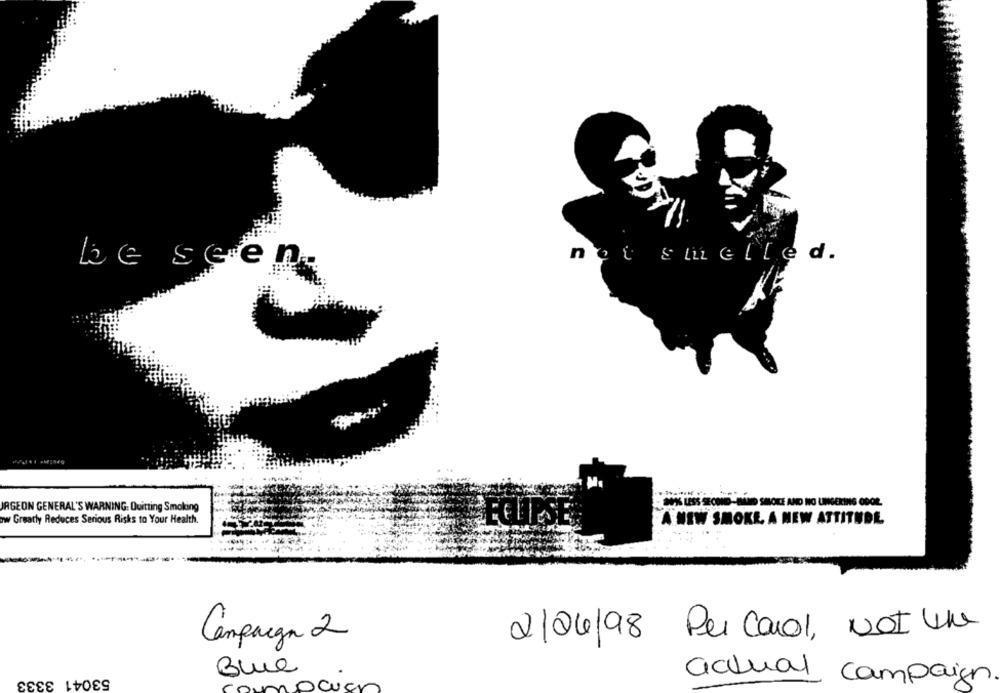
not smelled.
be seen
SK LESS SECONDS-BILD SHOICE AND NO LINGERING ODOL
AGEON GENERAL'S WARNING: Quitting Smoking
A NEW SMOKE A NEW ATTITUDE
ow Greatly Reduces Serious Risks to Your Health.
2/04/98 Per carol, Not UN
Campaign 2
Blue
53041 3333
actual campaign.
nowen